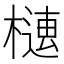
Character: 𣚢